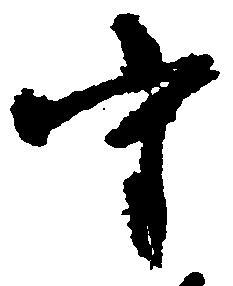
守